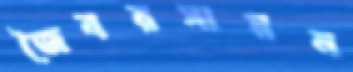
জৈবরসায়ন